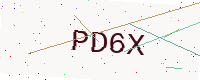
Text: PD6X